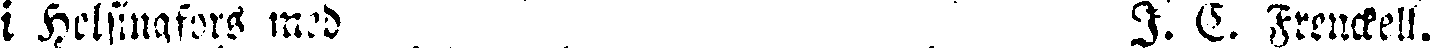
i Helsingfors med I. C. Frenckell.